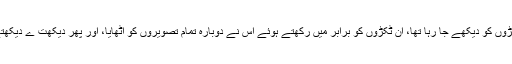
اور وہ حیرت سے، تصویر کے ٹکڑوں کو دیکھے جا رہا تھا، ان ٹکڑوں کو برابر میں رکھتے ہوئے اس نے دوبارہ تمام تصویروں کو اٹھایا، اور پھر دیکھت ے دیکھتے وہ ان تصویروں کو پھاڑنے لگا۔